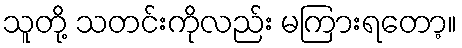
သူတို့ သတင်းကိုလည်း မကြားရတော့။